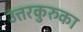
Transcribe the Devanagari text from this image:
उत्तरकुरुका